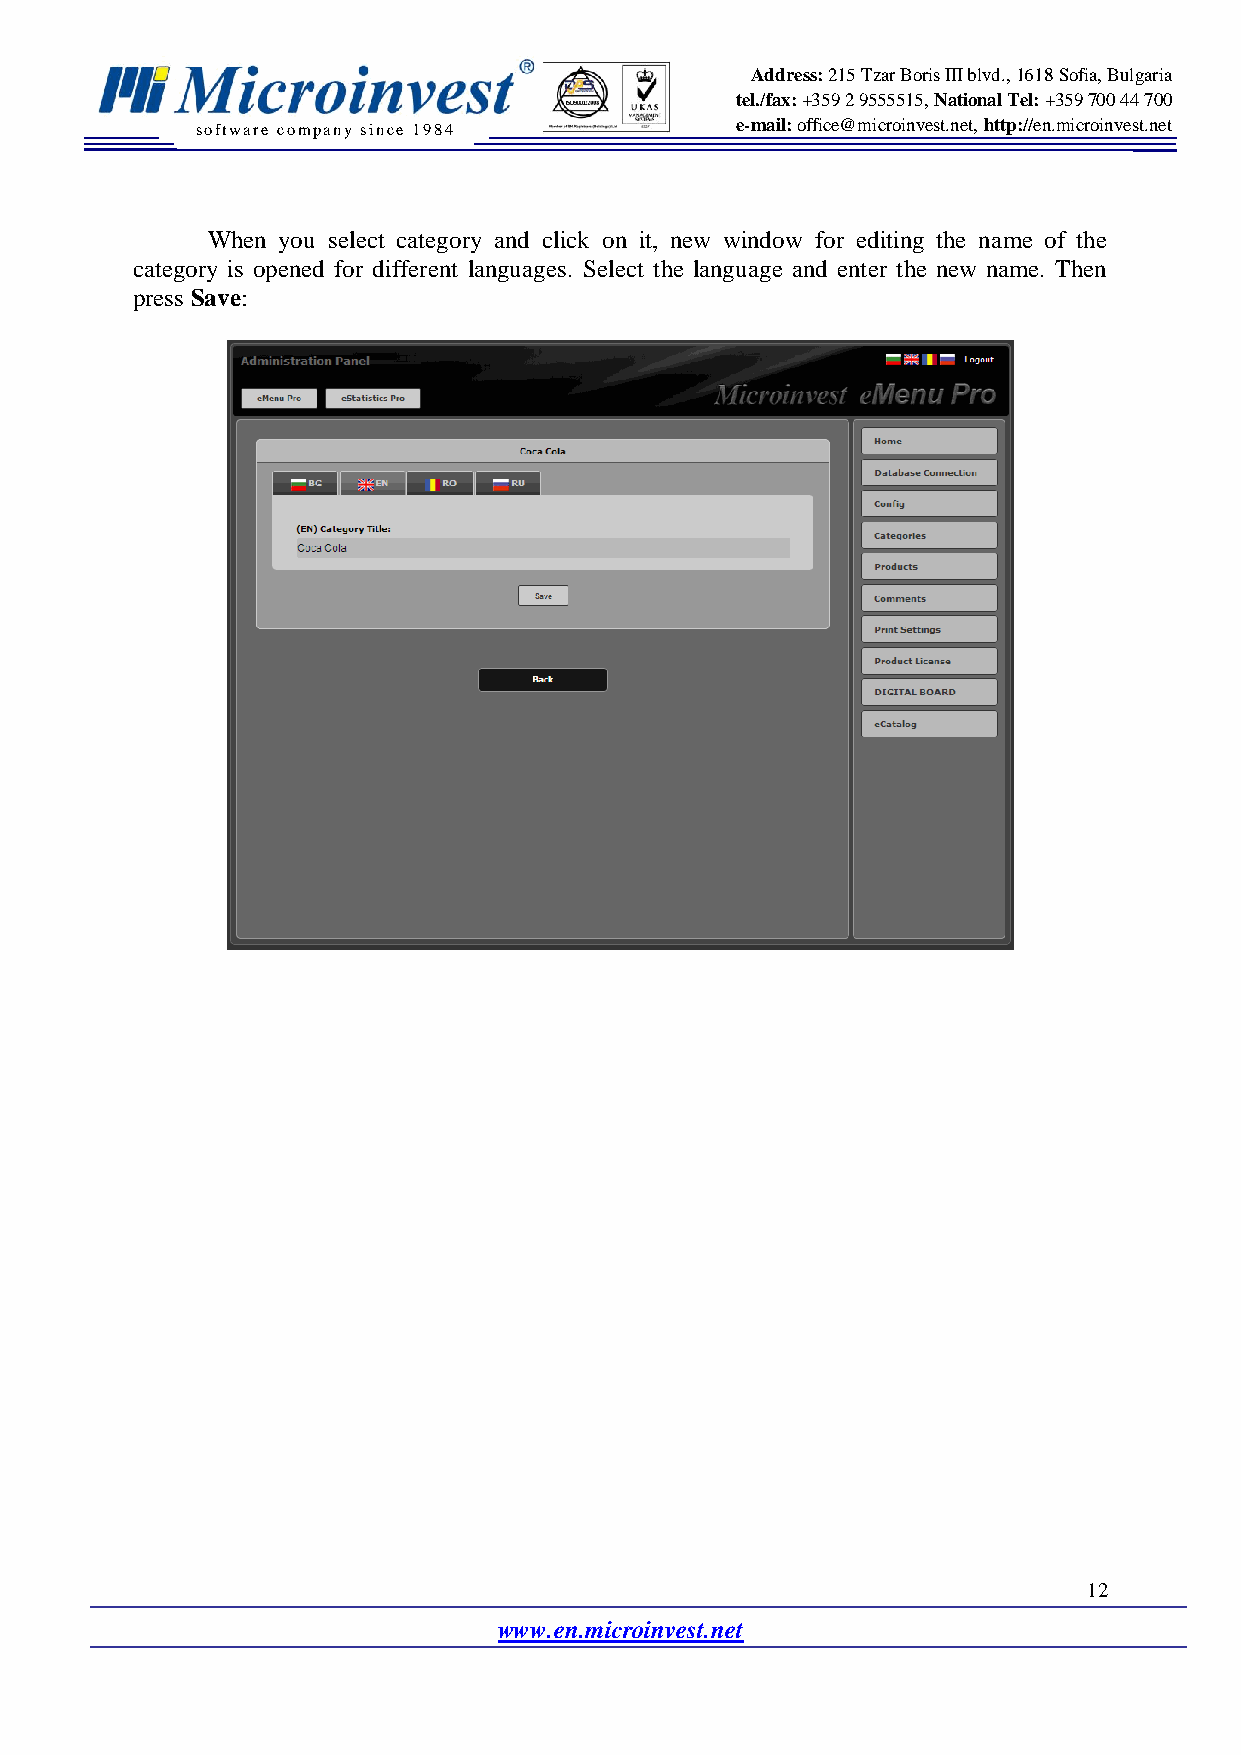
Address: 215 Tzar Boris III blvd., 1618 Sofia, Bulgaria
 tel./fax: +359 2 9555515, National Tel: +359 700 44 700
 software company since 19 84        e-mail: office@microinvest.net, http://en.microinvest.net
 When you select category and click on it, new window for editing the name of the
 category is opened for different languages. Select the language and enter the new name. Then
 press Save:
 12
 www.en.microinvest.net